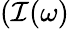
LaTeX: (\mathcal{I}(\omega)